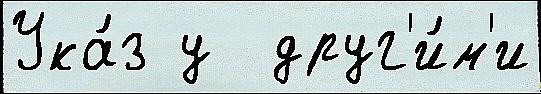
Ука́з у  друг'и́м'и